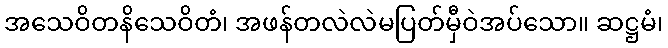
အသေဝိတနိသေဝိတံ၊ အဖန်တလဲလဲမပြတ်မှီဝဲအပ်သော။ ဆဋ္ဌမံ၊